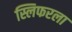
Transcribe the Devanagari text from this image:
स्लिफरला